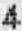
4